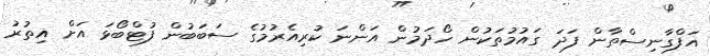
އަފްގާނިސްތާން ފަދަ ގައުމުތަކުން ހޯދަމުން އަންނަ ކުރިއެރުމުގެ ސަބަބުން ފުޓްބޯޅަ އަށް އިތުރު